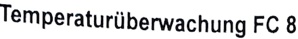
Text: Temperaturüberwachung FC 8